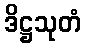
ဒိဋ္ဌသုတံ